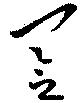
念